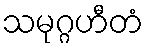
သမုဂ္ဂဟီတံ